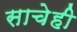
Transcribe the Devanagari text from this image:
साचेही